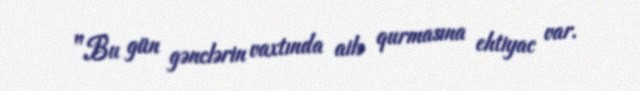
"Bu gün gənclərin vaxtında ailə qurmasına ehtiyac var.